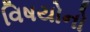
વિષયોનો